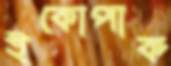
ইকোপার্ক